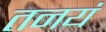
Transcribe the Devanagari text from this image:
तनयं